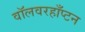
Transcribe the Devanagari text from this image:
वॉलवरहाँप्टन